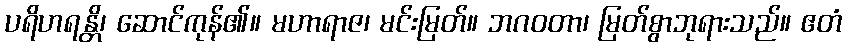
ပရိဟရန္တိ၊ ဆောင်ကုန်၏။ မဟာရာဇ၊ မင်းမြတ်။ ဘဂဝတာ၊ မြတ်စွာဘုရားသည်။ ဧတံ